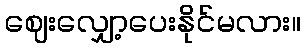
ဈေးလျှော့ပေးနိုင်မလား။